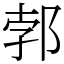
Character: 郣